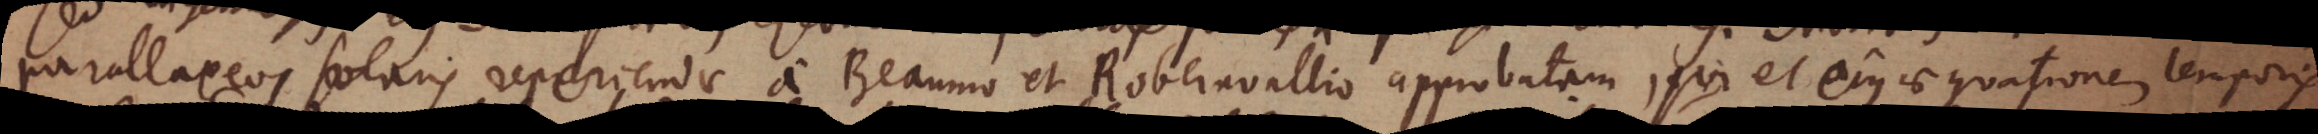
parallaxeos solaris reperiendae a Beaunio et Robervallio approbatam, qui et ejus aequationem temporis